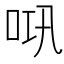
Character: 𱒗